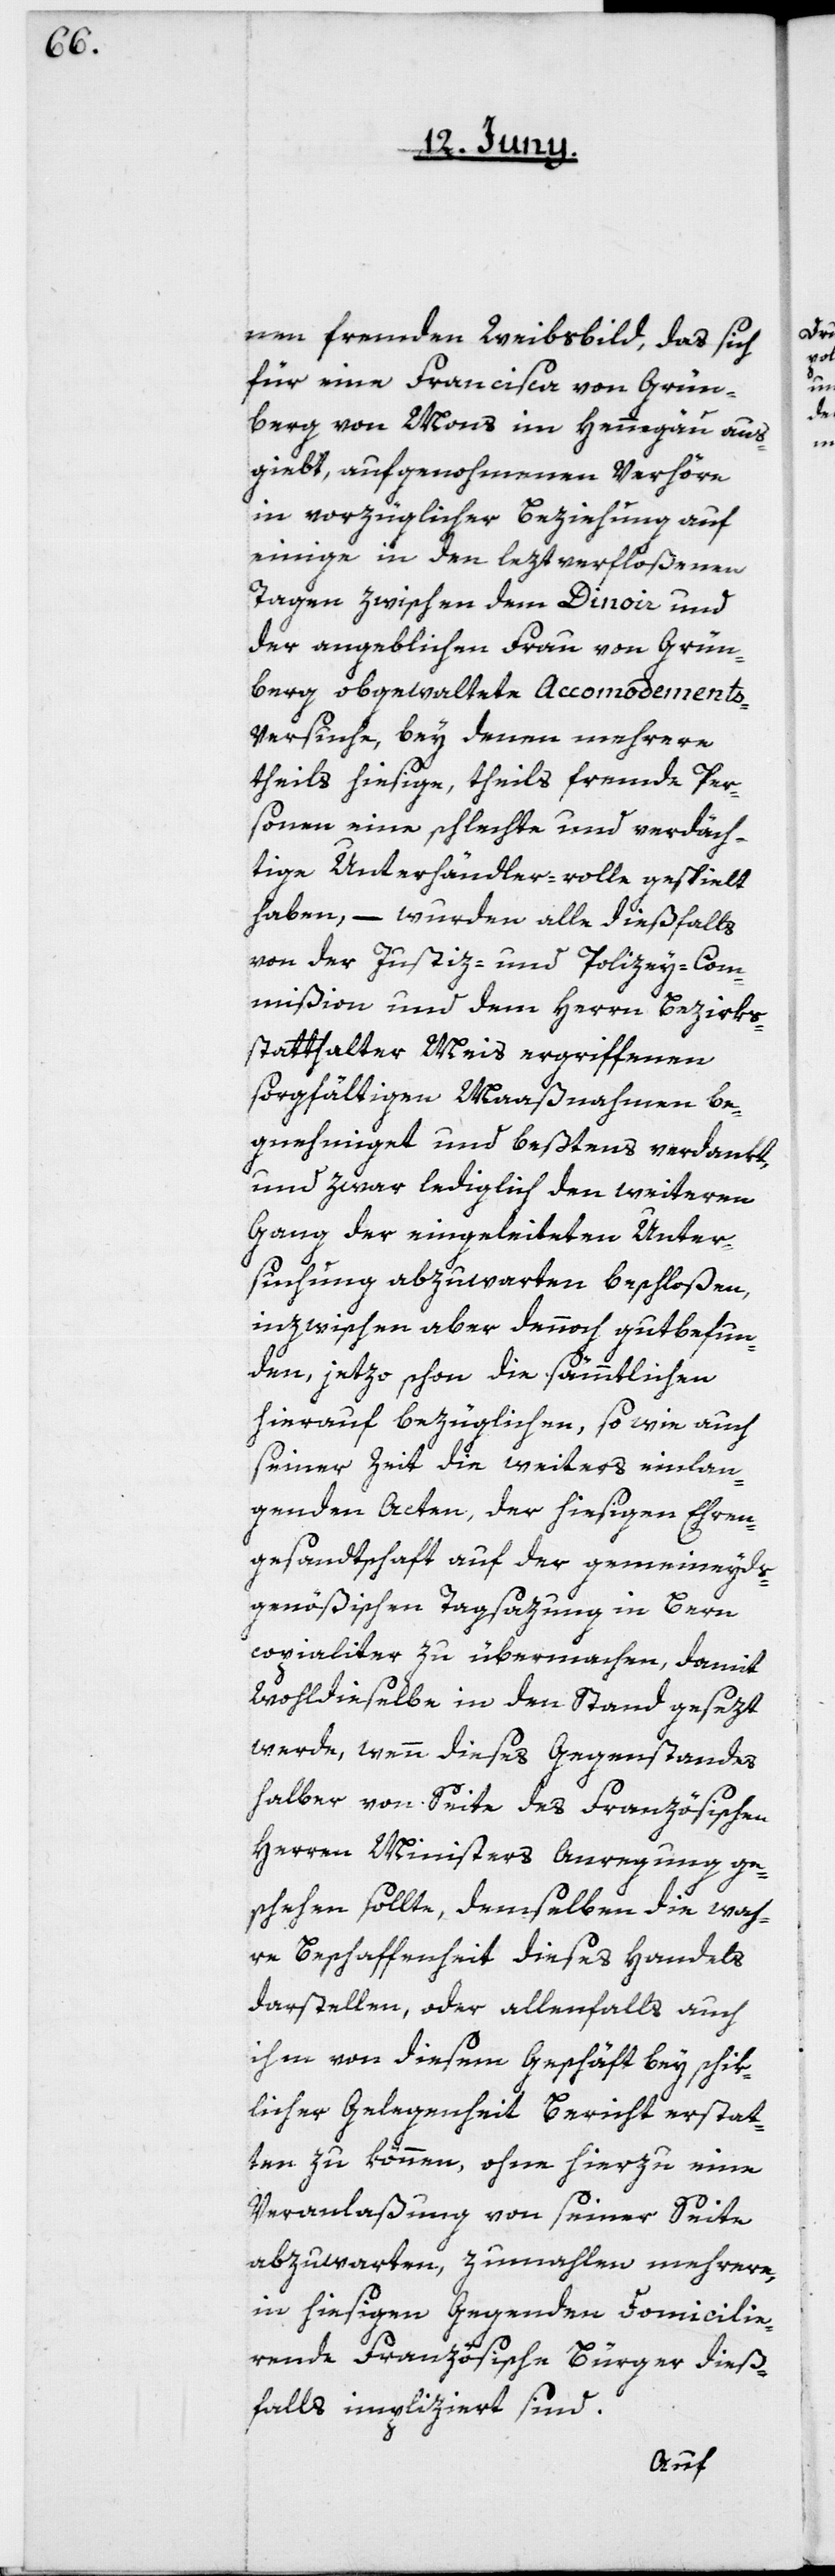
nen fremden Weibsbild, das sich
für eine Francisca von Grün¬
berg von Mons im Hemmgäu aus¬
giebt, aufgenohmenen Verhöre
in vorzüglicher Beziehung auf
einige in den leztverfloßenen
Tagen zwischen dem Dinoir und
der angeblichen Frau von Grün¬
berg obgewaltete Accomodement¬
s-Versuche, bey denen mehrere,
theils hiesige, theils fremde Per¬
sonen eine schlechte und verdäch¬
tige Unterhändler-Rolle gespielt
haben, – wurden alle dießfalls
von der Justiz- und Polizey-Com¬
mißion und dem Herrn Bezirks¬
statthalter Meis ergriffenen
sorgfältigen Maaßnahmen be¬
genehmiget und beßtens verdankt,
und zwar lediglich den weiteren
Gang der eingeleiteten Unter¬
suchung abzuwarten beschloßen,
inzwischen aber dennoch gutbefun¬
den, jetzo schon die sämmtlichen
hierauf bezüglichen, so wie auch
seiner Zeit die weiters einlan¬
genden Acten, der hiesigen Ehren¬
gesandtschaft auf der gemeineyds¬
genößischen Tagsazung in Bern
copialiter zu übermachen, damit
wohldieselbe in den Stand gesezt
werde, wenn dieses Gegenstandes
halber von Seite des französischen
Herrn Ministers Anregung ge¬
schehen sollte, demselben die wah¬
re Beschaffenheit dieses Handels
darstellen, oder allenfalls auch
ihm von diesem Geschäft bey schik¬
licher Gelegenheit Bericht erstat¬
ten zu können, ohne hierzu eine
Veranlaßung von seiner Seite
abzuwarten, zumahlen mehrere,
in hiesigen Gegenden domicilie¬
rende Französische Bürger dieß¬
falls impliziert sind.